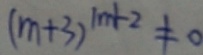
( m + 3 ) ^ { 1 m + 2 } \neq 0